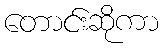
တောင်းဆိုကာ